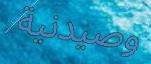
وصيدنية